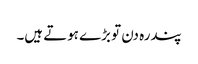
پندرہ دن تو بڑے ہوتے ہیں۔